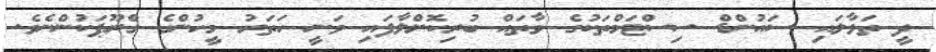
ދީ ތަޅާލައި ސައުންޑް ސިސްޓަމްތަކުގެ ވާތައް ބުރިކޮށްލާފައި ވަނީ ހަތަރު މީހުންގެ ގްރޫޕަކުންނެވެ.